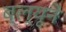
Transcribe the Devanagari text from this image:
ब्ल्यूने